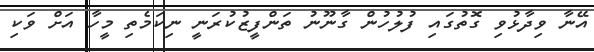
އޭނާ ވިދާޅުވި ގޮތުގައި ފުލުހުން ގާނޫނު ތަންފީޒުކުރަނީ ނިކަމެތި މީހާ އަށް ވަކި